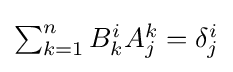
{\textstyle \sum _{k=1}^{n}B_{k}^{i}A_{j}^{k}=\delta _{j}^{i}}